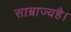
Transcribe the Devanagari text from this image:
साम्राज्यहै।